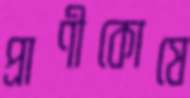
প্রাণীকোষে